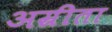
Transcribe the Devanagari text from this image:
अम्रीता